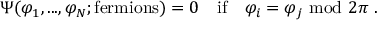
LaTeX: \Psi ( \varphi _ { 1 } , . . . , \varphi _ { N } ; \mathrm { f e r m i o n s } ) = 0 \quad \mathrm { i f } \quad \varphi _ { i } = \varphi _ { j } \ \mathrm { m o d } \ 2 \pi \ .